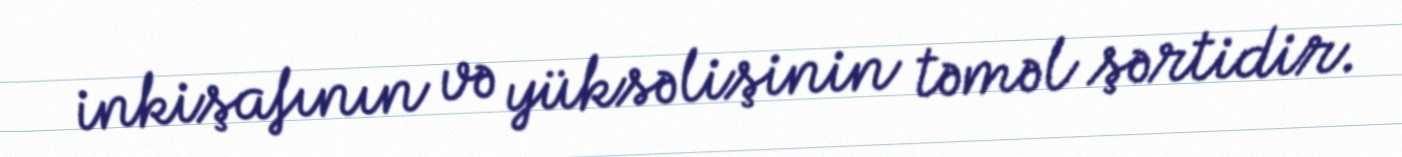
inkişafının və yüksəlişinin təməl şərtidir.